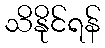
သိနိုင်ရန်